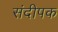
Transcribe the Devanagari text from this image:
संदीपक